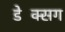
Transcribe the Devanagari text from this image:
डेक्सिंग